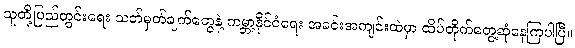
သူတို့ပြည်တွင်းရေး သတ်မှတ်ချက်တွေနဲ့ ကမ္ဘာ့နိုင်ငံရေး အခင်းအကျင်းထဲမှာ ထိပ်တိုက်တွေ့ဆုံနေကြပါပြီ။